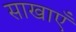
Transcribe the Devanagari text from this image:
साखाएँ